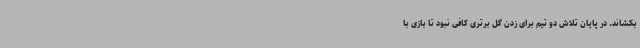
بکشاند. در پایان تلاش دو تیم برای زدن گل برتری کافی نبود تا بازی با